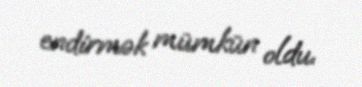
endirmək mümkün oldu.